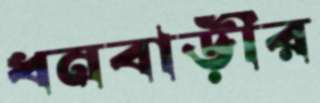
ধনবাড়ীর